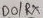
Text: D0/RX